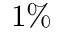
1 \%